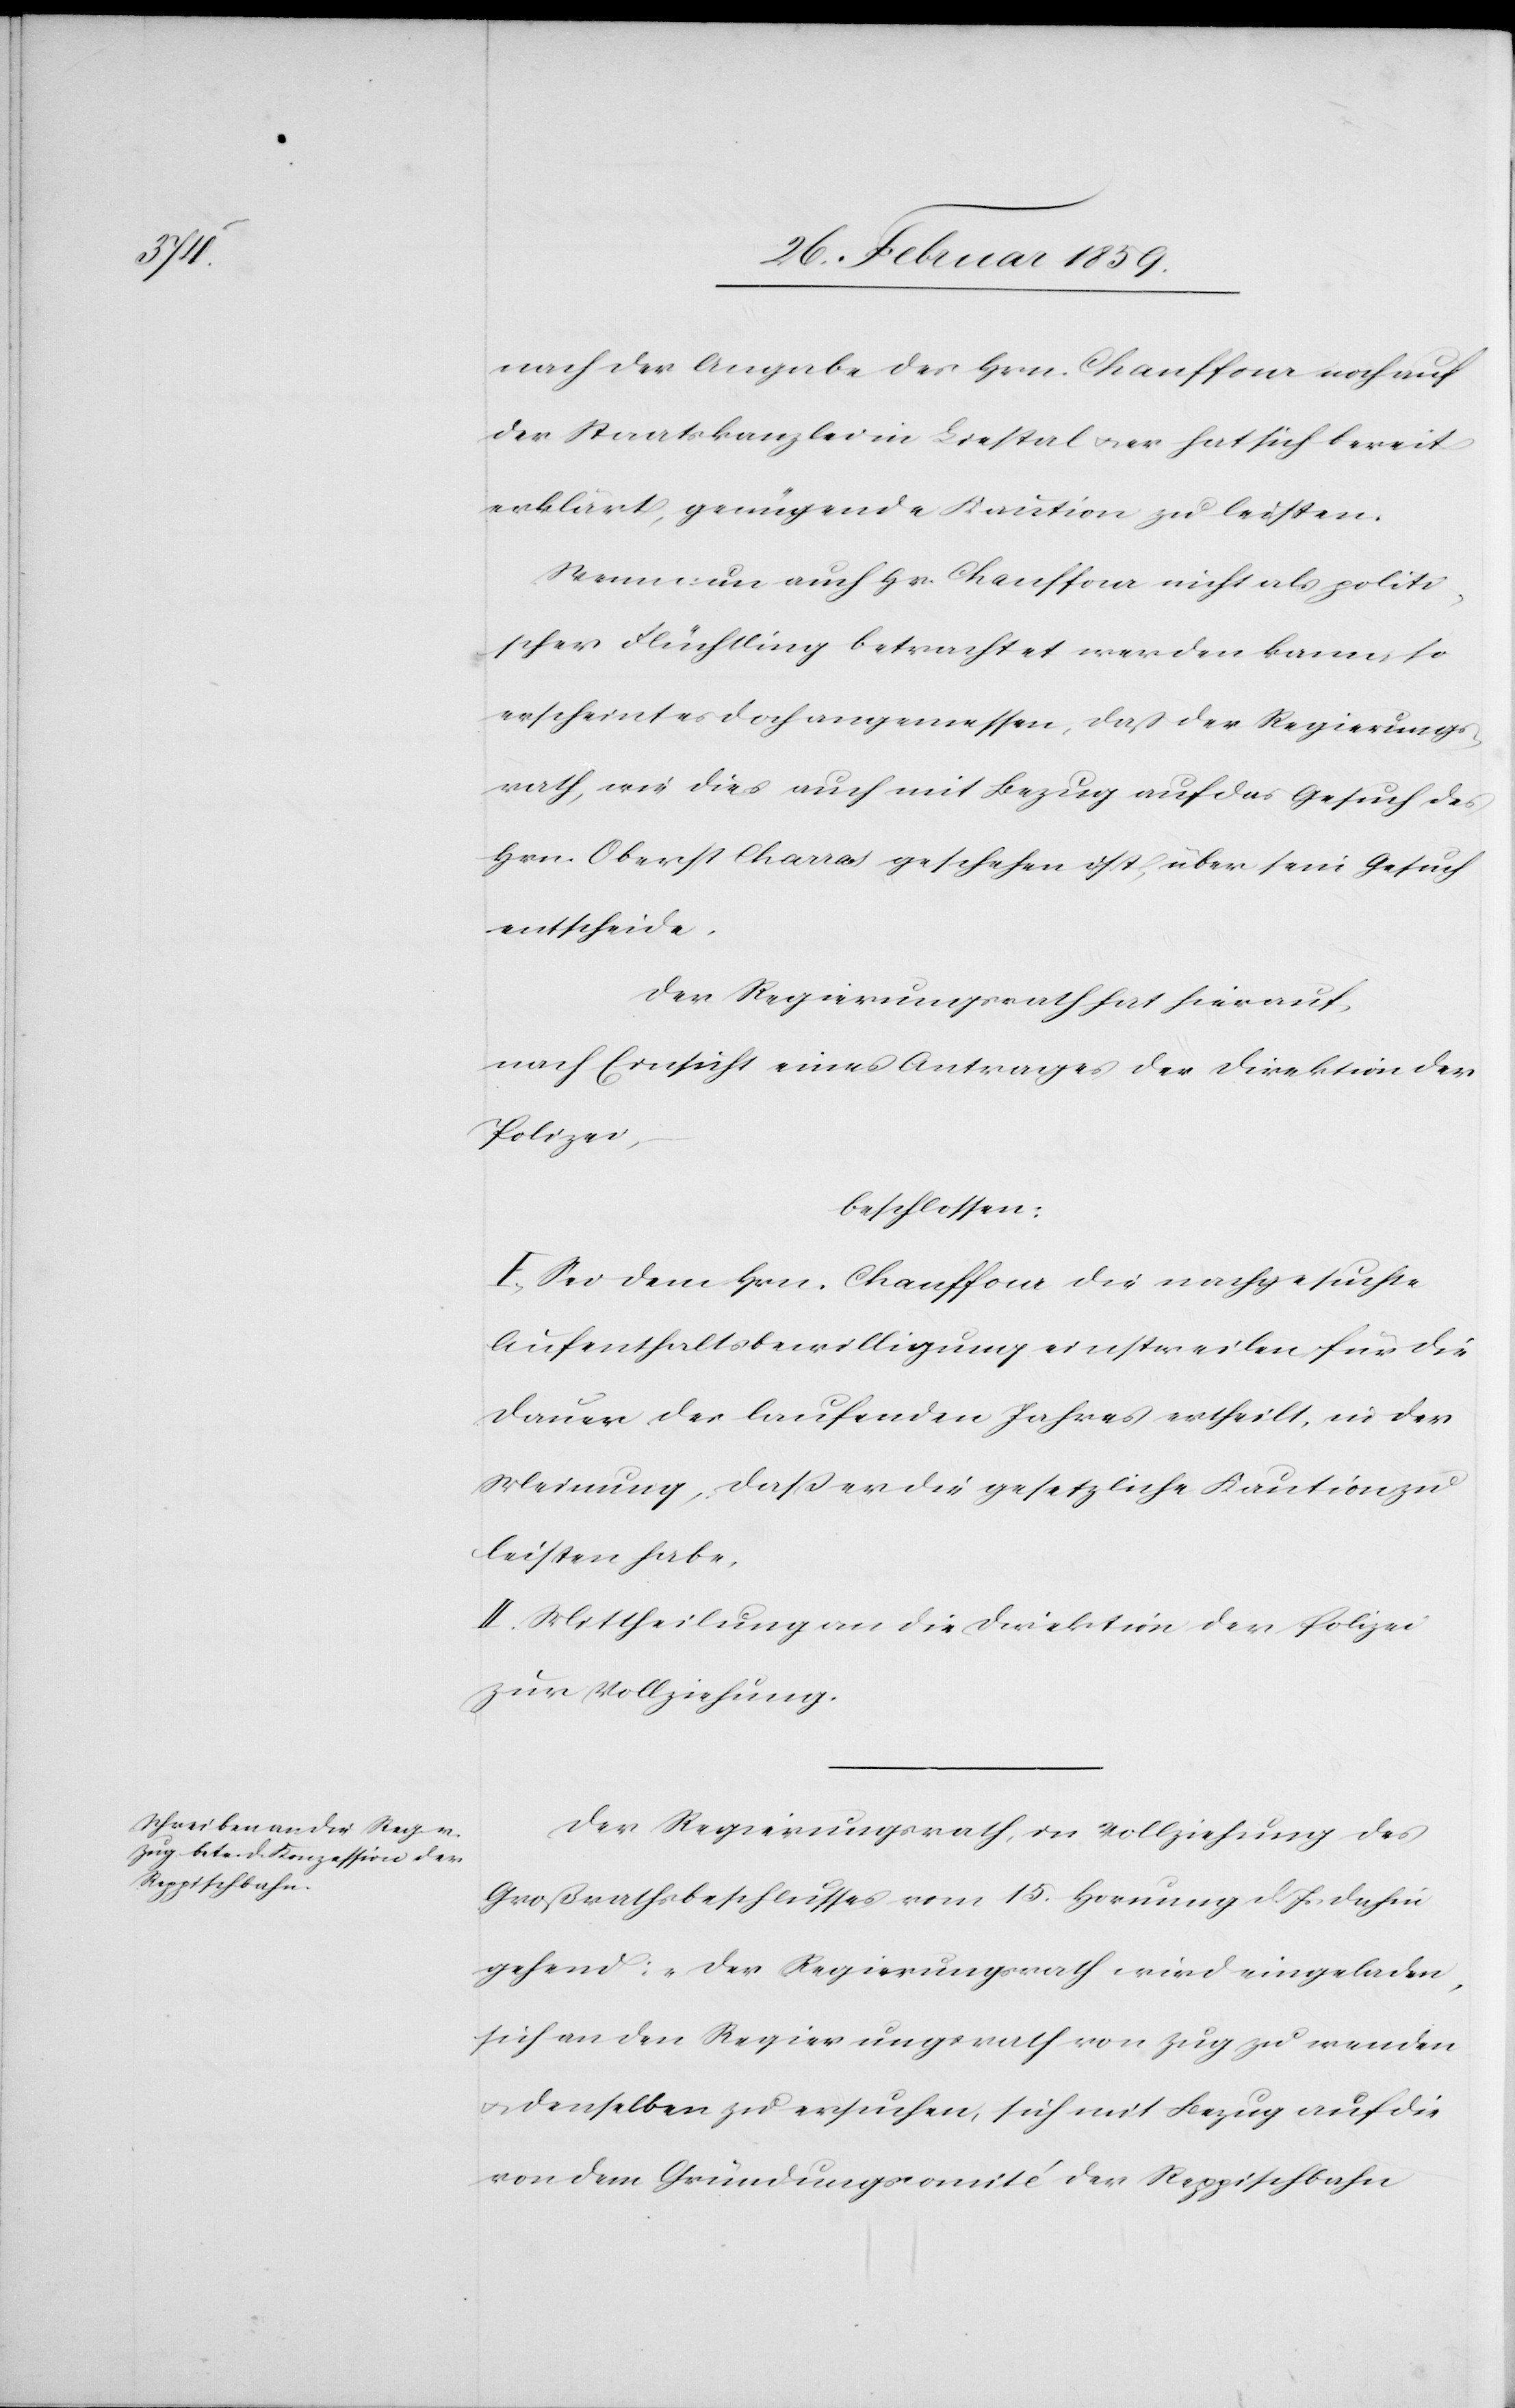
nach der Angabe des Hrn. Chauffour noch auf
der Staatskanzlei in Liestal u. er hat sich bereit
erklärt, genügende Kaution zu leisten.
Wenn nun auch Hr. Chauffour nicht als politi¬
scher Flüchtling betrachtet werden kann, so
erscheint es doch angemessen, daß der Regierungs¬
rath, wie dies auch mit Bezug auf das Gesuch des
Hrn. Oberst Charrat geschehen ist, über sein Gesuch
entscheide.
Der Regierungsrath hat hierauf,
nach Einsicht eines Antrages der Direktion der
Polizei,
beschlossen:
I. Sei dem Hrn. Chauffour die nachgesuchte
Aufenthaltsbewilligung einstweilen für die
Dauer des laufenden Jahres ertheilt, in der
Meinung, daß er die gesetzliche Kaution zu
leisten habe.
II. Mittheilung an die Direktion der Polizei
zur Vollziehung.
Der Regierungsrath, in Vollziehung des
Großrathsbeschlusses vom 15. Hornung d. Js. dahin
gehend: „der Regierungsrath wird eingeladen,
sich an den Regierungsrath von Zug zu wenden
u. denselben zu ersuchen, sich mit Bezug auf die
von dem Gründungscomité der Reppischbahn